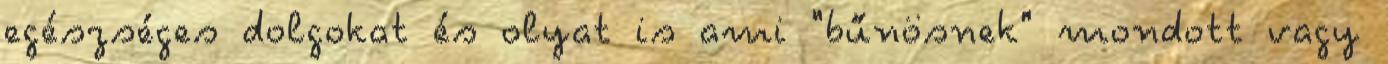
egészséges dolgokat és olyat is ami "bűnösnek" mondott vagy